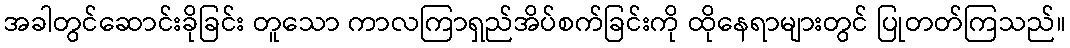
အခါတွင်ဆောင်းခိုခြင်း တူသော ကာလကြာရှည်အိပ်စက်ခြင်းကို ထိုနေရာများတွင် ပြုတတ်ကြသည်။